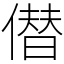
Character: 僣